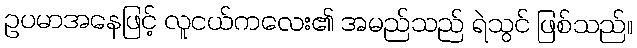
ဥပမာအနေဖြင့် လူငယ်ကလေး၏ အမည်သည် ရဲသွင် ဖြစ်သည်။